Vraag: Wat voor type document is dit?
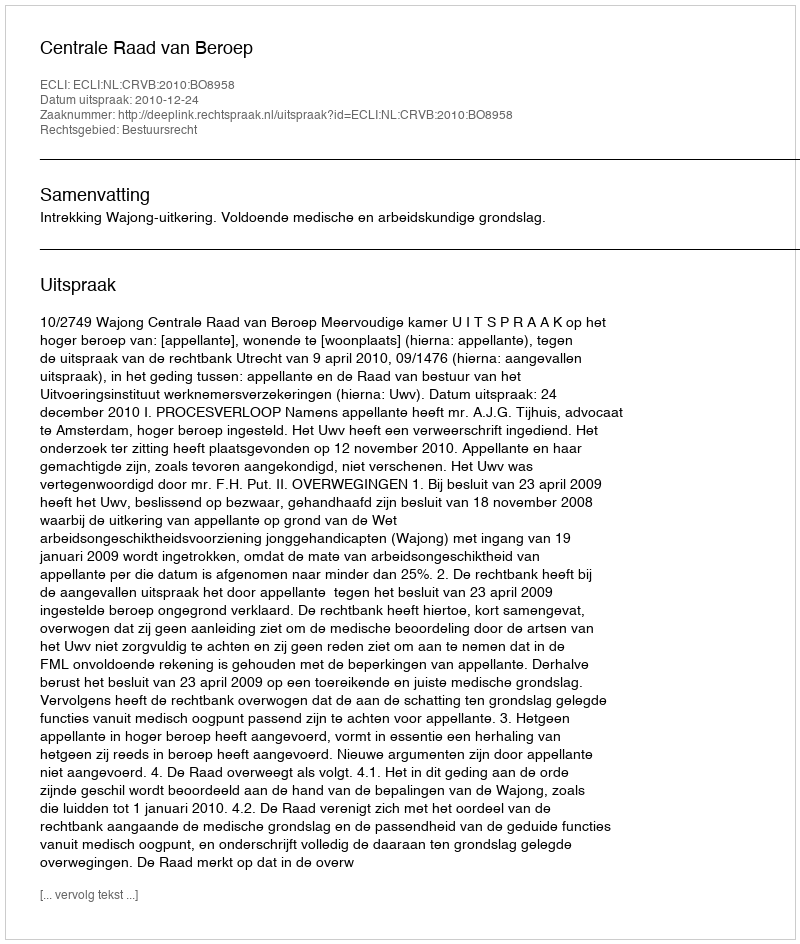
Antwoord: Uitspraak